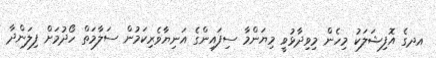
އދގެ އޮފިޝަލަކު މިހެން މިވިދާޅުވީ މިޔަންމާ ސިފައިންގެ އަނިޔާވެރިކަމުން ސަލާމަތް ހޯދުމަށް ފިލަންދާ